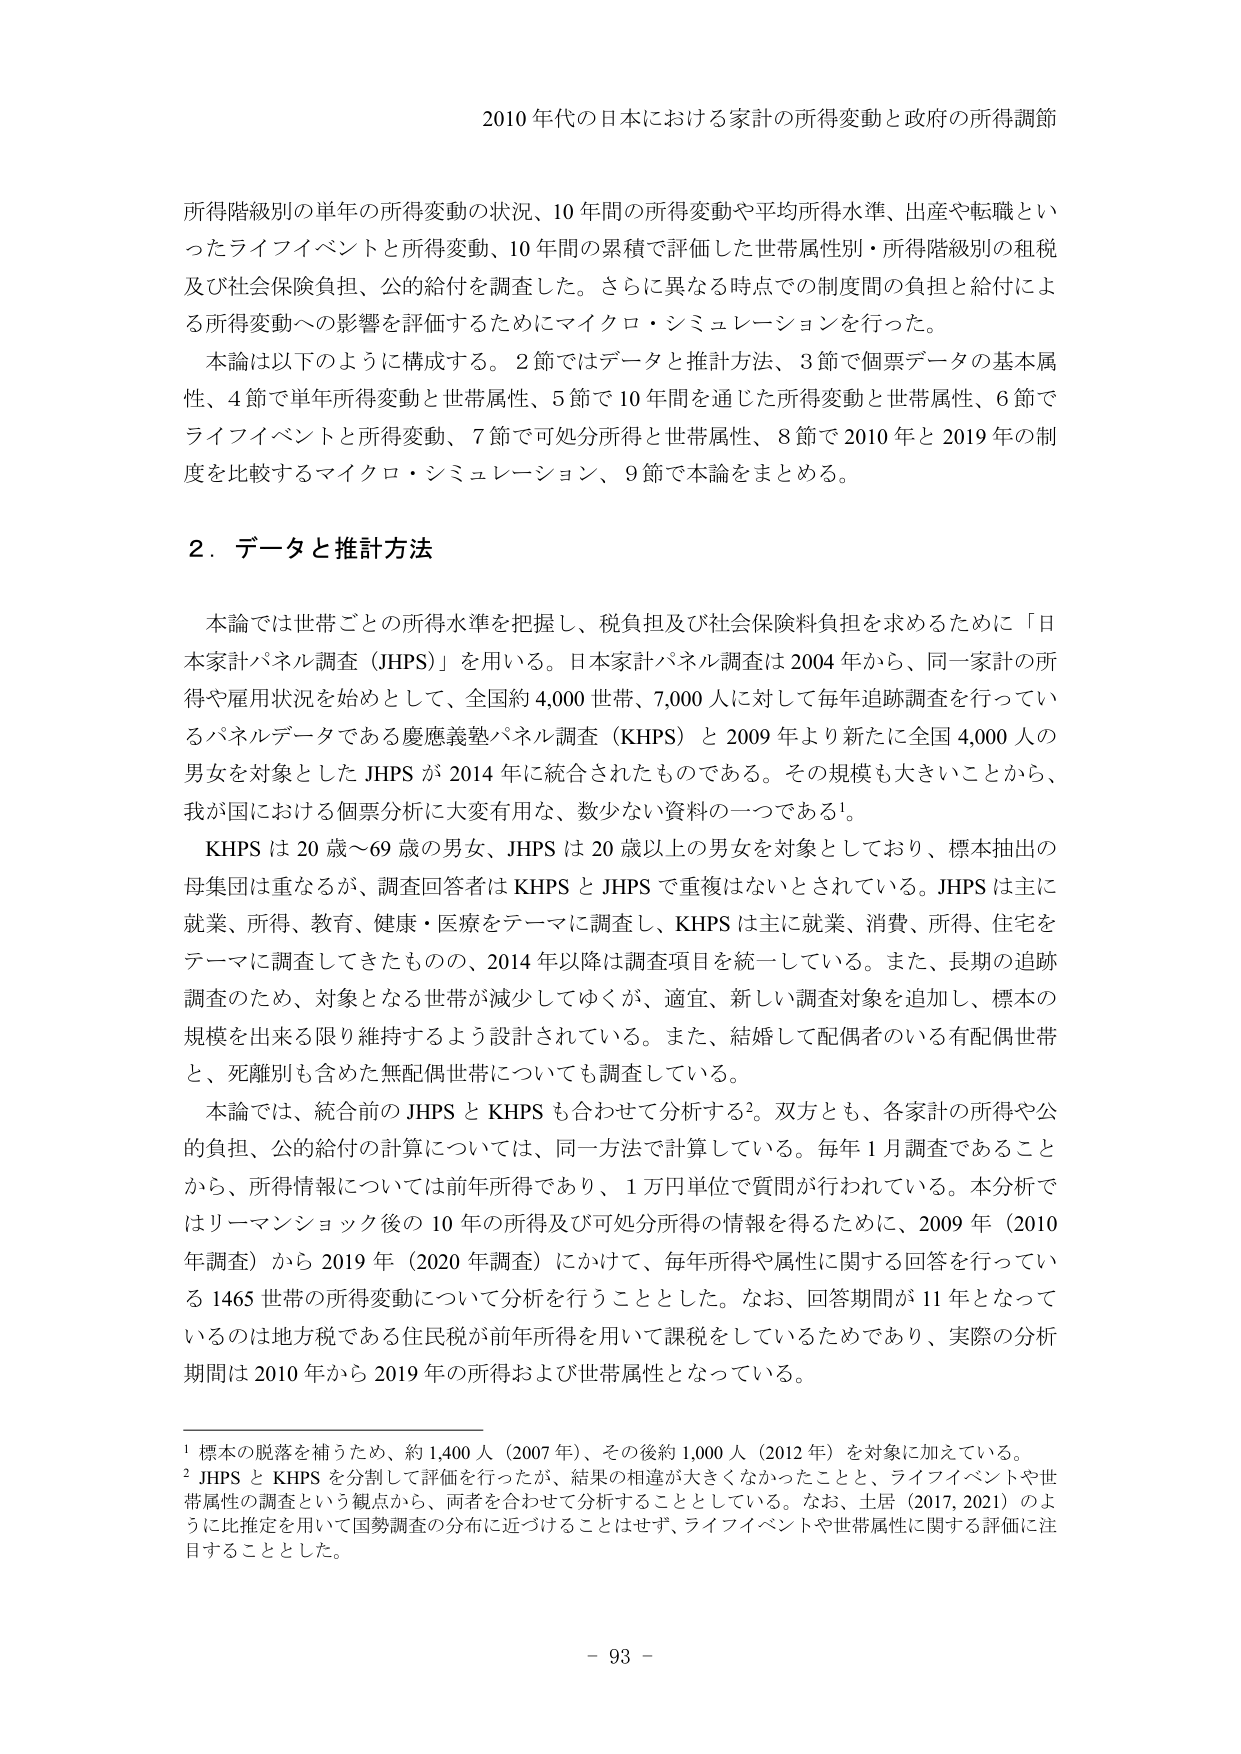
2010 年代の日本における家計の所得変動と政府の所得調節

所得階級別の単年の所得変動の状況、10 年間の所得変動や平均所得水準、出産や転職といったライフイベントと所得変動、10 年間の累積で評価した世帯属性別・所得階級別の租税及び社会保険負担、公的給付を調査した。さらに異なる時点での制度間の負担と給付による所得変動への影響を評価するためにマイクロ・シミュレーションを行った。

本論は以下のように構成する。2 節ではデータと推計方法、3 節で個票データの基本属性、4 節で単年所得変動と世帯属性、5 節で 10 年間を通じた所得変動と世帯属性、6 節でライフイベントと所得変動、7 節で可処分所得と世帯属性、8 節で 2010 年と 2019 年の制度を比較するマイクロ・シミュレーション、9 節で本論をまとめる。

2．データと推計方法

本論では世帯ごとの所得水準を把握し、税負担及び社会保険料負担を求めるために「日本家計パネル調査（JHPS）」を用いる。日本家計パネル調査は 2004 年から、同一家計の所得や雇用状況を始めとして、全国約 4,000 世帯、7,000 人に対して毎年追跡調査を行っているパネルデータである慶應義塾パネル調査（KHPS）と 2009 年より新たに全国 4,000 人の男女を対象とした JHPS が 2014 年に統合されたものである。その規模も大きいことから、我が国における個票分析に大変有用な、数少ない資料の一つである¹。

KHPS は 20 歳～69 歳の男女、JHPS は 20 歳以上の男女を対象としており、標本抽出の母集団は重なるが、調査回答者は KHPS と JHPS で重複はないとされている。JHPS は主に就業、所得、教育、健康・医療をテーマに調査し、KHPS は主に就業、消費、所得、住宅をテーマに調査してきたものの、2014 年以降は調査項目を統一している。また、長期の追跡調査のため、対象となる世帯が減少してゆくが、適宜、新しい調査対象を追加し、標本の規模を出来る限り維持するよう設計されている。また、結婚して配偶者のいる有配偶世帯と、死離別も含めた無配偶世帯についても調査している。

本論では、統合前の JHPS と KHPS も合わせて分析する²。双方とも、各家計の所得や公的負担、公的給付の計算については、同一方法で計算している。毎年 1 月調査であることから、所得情報については前年所得であり、1 万円単位で質問が行われている。本分析ではリーマンショック後の 10 年の所得及び可処分所得の情報を得るために、2009 年（2010 年調査）から 2019 年（2020 年調査）にかけて、毎年所得や属性に関する回答を行っている 1465 世帯の所得変動について分析を行うこととした。なお、回答期間が 11 年となっているのは地方税である住民税が前年所得を用いて課税をしているためであり、実際の分析期間は 2010 年から 2019 年の所得および世帯属性となっている。

¹ 標本の脱落を補うため、約 1,400 人（2007 年）、その後約 1,000 人（2012 年）を対象に加えている。

² JHPS と KHPS を分割して評価を行ったが、結果の相違が大きくなかったことと、ライフイベントや世帯属性の調査という観点から、両者を合わせて分析することとしている。なお、土居（2017, 2021）のように比推定を用いて国勢調査の分布に近づけることはせず、ライフイベントや世帯属性に関する評価に注目することとした。

- 93 -